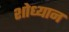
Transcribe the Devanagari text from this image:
शोध्यान